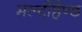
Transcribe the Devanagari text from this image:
मल्टीहैण्ड